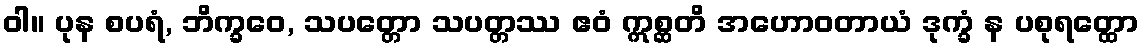
ဝါ။ ပုန စပရံ, ဘိက္ခဝေ, သပတ္တော သပတ္တဿ ဧဝံ ဣစ္ဆတိ အဟောဝတာယံ ဒုက္ခံ န ပစုရတ္ထော